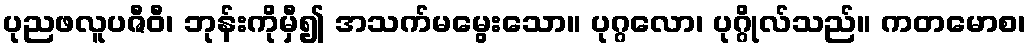
ပုညဖလူပဇီဝီ၊ ဘုန်းကိုမှီ၍ အသက်မမွေးသော။ ပုဂ္ဂလော၊ ပုဂ္ဂိုလ်သည်။ ကတမောစ၊